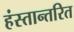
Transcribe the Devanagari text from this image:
हंस्तान्तरित